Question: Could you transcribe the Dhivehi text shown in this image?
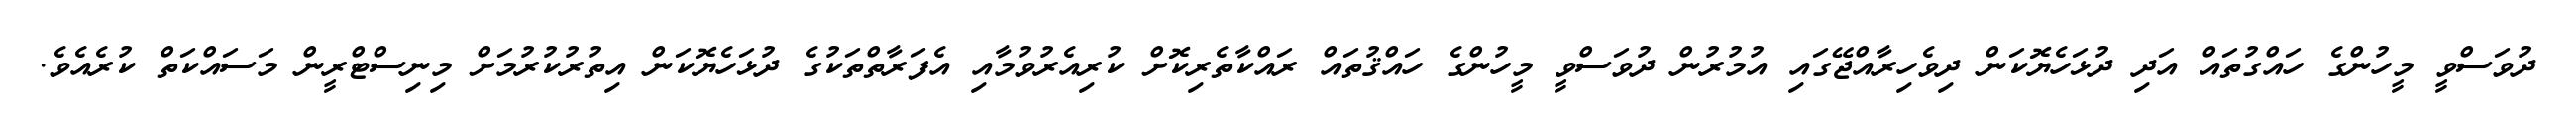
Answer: ދުވަސްވީ މީހުންގެ ހައްގުތައް އަދި ދުޅަހެޔޮކަން ދިވެހިރާއްޖޭގައި އުމުރުން ދުވަސްވީ މީހުންގެ ހައްޤުތައް ރައްކާތެރިކޮށް ކުރިއެރުވުމާއި އެފަރާތްތަކުގެ ދުޅަހެޔޮކަން އިތުރުކުރުމަށް މިނިސްޓްރީން މަސައްކަތް ކުރެއެވެ.